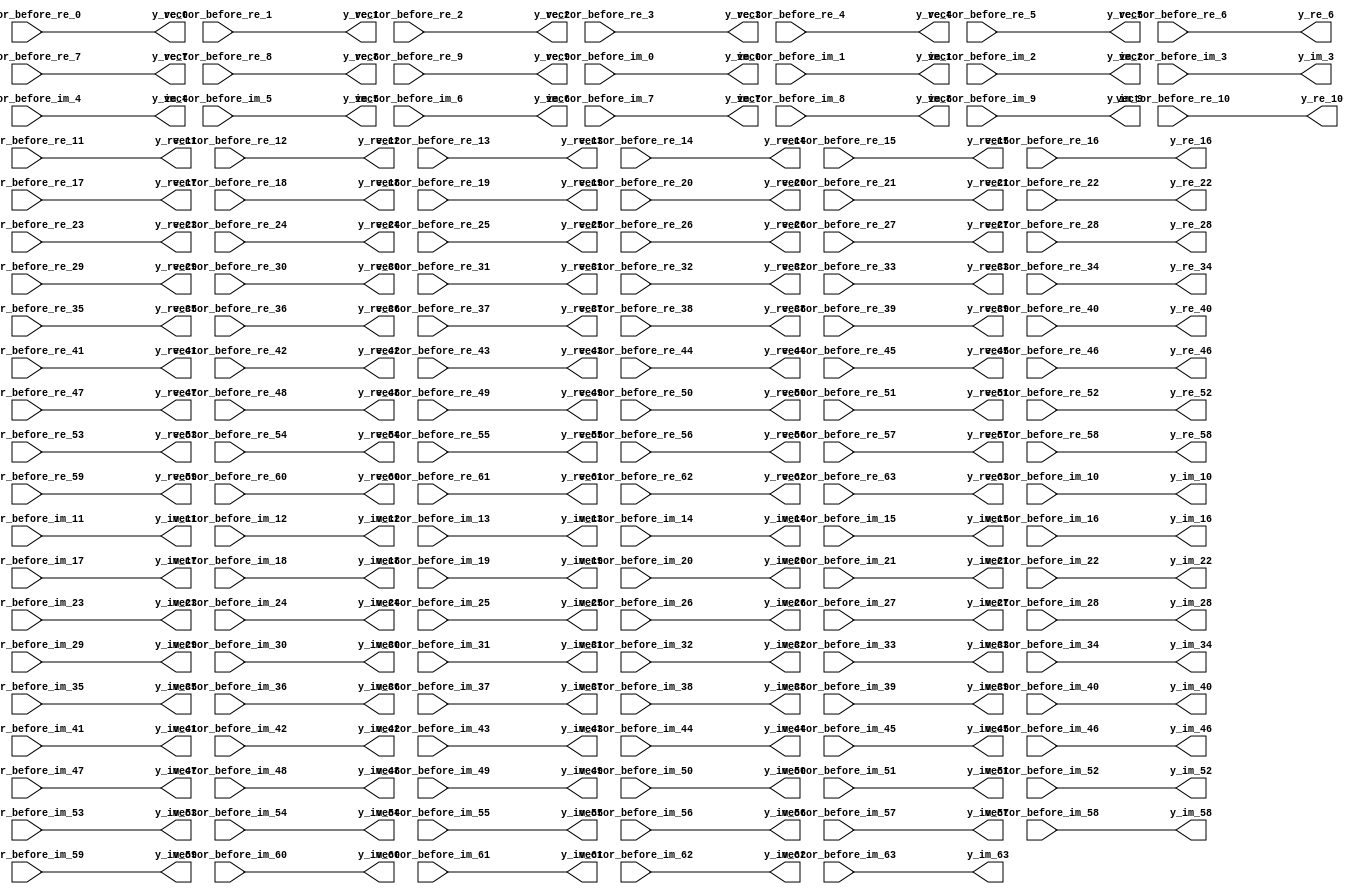
// -------------------------------------------------------------
// 
// 
// Generated by MATLAB 9.14 and HDL Coder 4.1
// 
// -------------------------------------------------------------


// -------------------------------------------------------------
// 
// Module: vector_feedback
// Source Path: Tx_OFDM/Transmitter/QAM Modulator/QAM Buffer/vector feedback
// Hierarchy Level: 3
// 
// -------------------------------------------------------------

`timescale 1 ns / 1 ns

module vector_feedback
          (vector_before_re_0,
           vector_before_re_1,
           vector_before_re_2,
           vector_before_re_3,
           vector_before_re_4,
           vector_before_re_5,
           vector_before_re_6,
           vector_before_re_7,
           vector_before_re_8,
           vector_before_re_9,
           vector_before_re_10,
           vector_before_re_11,
           vector_before_re_12,
           vector_before_re_13,
           vector_before_re_14,
           vector_before_re_15,
           vector_before_re_16,
           vector_before_re_17,
           vector_before_re_18,
           vector_before_re_19,
           vector_before_re_20,
           vector_before_re_21,
           vector_before_re_22,
           vector_before_re_23,
           vector_before_re_24,
           vector_before_re_25,
           vector_before_re_26,
           vector_before_re_27,
           vector_before_re_28,
           vector_before_re_29,
           vector_before_re_30,
           vector_before_re_31,
           vector_before_re_32,
           vector_before_re_33,
           vector_before_re_34,
           vector_before_re_35,
           vector_before_re_36,
           vector_before_re_37,
           vector_before_re_38,
           vector_before_re_39,
           vector_before_re_40,
           vector_before_re_41,
           vector_before_re_42,
           vector_before_re_43,
           vector_before_re_44,
           vector_before_re_45,
           vector_before_re_46,
           vector_before_re_47,
           vector_before_re_48,
           vector_before_re_49,
           vector_before_re_50,
           vector_before_re_51,
           vector_before_re_52,
           vector_before_re_53,
           vector_before_re_54,
           vector_before_re_55,
           vector_before_re_56,
           vector_before_re_57,
           vector_before_re_58,
           vector_before_re_59,
           vector_before_re_60,
           vector_before_re_61,
           vector_before_re_62,
           vector_before_re_63,
           vector_before_im_0,
           vector_before_im_1,
           vector_before_im_2,
           vector_before_im_3,
           vector_before_im_4,
           vector_before_im_5,
           vector_before_im_6,
           vector_before_im_7,
           vector_before_im_8,
           vector_before_im_9,
           vector_before_im_10,
           vector_before_im_11,
           vector_before_im_12,
           vector_before_im_13,
           vector_before_im_14,
           vector_before_im_15,
           vector_before_im_16,
           vector_before_im_17,
           vector_before_im_18,
           vector_before_im_19,
           vector_before_im_20,
           vector_before_im_21,
           vector_before_im_22,
           vector_before_im_23,
           vector_before_im_24,
           vector_before_im_25,
           vector_before_im_26,
           vector_before_im_27,
           vector_before_im_28,
           vector_before_im_29,
           vector_before_im_30,
           vector_before_im_31,
           vector_before_im_32,
           vector_before_im_33,
           vector_before_im_34,
           vector_before_im_35,
           vector_before_im_36,
           vector_before_im_37,
           vector_before_im_38,
           vector_before_im_39,
           vector_before_im_40,
           vector_before_im_41,
           vector_before_im_42,
           vector_before_im_43,
           vector_before_im_44,
           vector_before_im_45,
           vector_before_im_46,
           vector_before_im_47,
           vector_before_im_48,
           vector_before_im_49,
           vector_before_im_50,
           vector_before_im_51,
           vector_before_im_52,
           vector_before_im_53,
           vector_before_im_54,
           vector_before_im_55,
           vector_before_im_56,
           vector_before_im_57,
           vector_before_im_58,
           vector_before_im_59,
           vector_before_im_60,
           vector_before_im_61,
           vector_before_im_62,
           vector_before_im_63,
           y_re_0,
           y_re_1,
           y_re_2,
           y_re_3,
           y_re_4,
           y_re_5,
           y_re_6,
           y_re_7,
           y_re_8,
           y_re_9,
           y_re_10,
           y_re_11,
           y_re_12,
           y_re_13,
           y_re_14,
           y_re_15,
           y_re_16,
           y_re_17,
           y_re_18,
           y_re_19,
           y_re_20,
           y_re_21,
           y_re_22,
           y_re_23,
           y_re_24,
           y_re_25,
           y_re_26,
           y_re_27,
           y_re_28,
           y_re_29,
           y_re_30,
           y_re_31,
           y_re_32,
           y_re_33,
           y_re_34,
           y_re_35,
           y_re_36,
           y_re_37,
           y_re_38,
           y_re_39,
           y_re_40,
           y_re_41,
           y_re_42,
           y_re_43,
           y_re_44,
           y_re_45,
           y_re_46,
           y_re_47,
           y_re_48,
           y_re_49,
           y_re_50,
           y_re_51,
           y_re_52,
           y_re_53,
           y_re_54,
           y_re_55,
           y_re_56,
           y_re_57,
           y_re_58,
           y_re_59,
           y_re_60,
           y_re_61,
           y_re_62,
           y_re_63,
           y_im_0,
           y_im_1,
           y_im_2,
           y_im_3,
           y_im_4,
           y_im_5,
           y_im_6,
           y_im_7,
           y_im_8,
           y_im_9,
           y_im_10,
           y_im_11,
           y_im_12,
           y_im_13,
           y_im_14,
           y_im_15,
           y_im_16,
           y_im_17,
           y_im_18,
           y_im_19,
           y_im_20,
           y_im_21,
           y_im_22,
           y_im_23,
           y_im_24,
           y_im_25,
           y_im_26,
           y_im_27,
           y_im_28,
           y_im_29,
           y_im_30,
           y_im_31,
           y_im_32,
           y_im_33,
           y_im_34,
           y_im_35,
           y_im_36,
           y_im_37,
           y_im_38,
           y_im_39,
           y_im_40,
           y_im_41,
           y_im_42,
           y_im_43,
           y_im_44,
           y_im_45,
           y_im_46,
           y_im_47,
           y_im_48,
           y_im_49,
           y_im_50,
           y_im_51,
           y_im_52,
           y_im_53,
           y_im_54,
           y_im_55,
           y_im_56,
           y_im_57,
           y_im_58,
           y_im_59,
           y_im_60,
           y_im_61,
           y_im_62,
           y_im_63);


  input   signed [15:0] vector_before_re_0;  // sfix16_En14
  input   signed [15:0] vector_before_re_1;  // sfix16_En14
  input   signed [15:0] vector_before_re_2;  // sfix16_En14
  input   signed [15:0] vector_before_re_3;  // sfix16_En14
  input   signed [15:0] vector_before_re_4;  // sfix16_En14
  input   signed [15:0] vector_before_re_5;  // sfix16_En14
  input   signed [15:0] vector_before_re_6;  // sfix16_En14
  input   signed [15:0] vector_before_re_7;  // sfix16_En14
  input   signed [15:0] vector_before_re_8;  // sfix16_En14
  input   signed [15:0] vector_before_re_9;  // sfix16_En14
  input   signed [15:0] vector_before_re_10;  // sfix16_En14
  input   signed [15:0] vector_before_re_11;  // sfix16_En14
  input   signed [15:0] vector_before_re_12;  // sfix16_En14
  input   signed [15:0] vector_before_re_13;  // sfix16_En14
  input   signed [15:0] vector_before_re_14;  // sfix16_En14
  input   signed [15:0] vector_before_re_15;  // sfix16_En14
  input   signed [15:0] vector_before_re_16;  // sfix16_En14
  input   signed [15:0] vector_before_re_17;  // sfix16_En14
  input   signed [15:0] vector_before_re_18;  // sfix16_En14
  input   signed [15:0] vector_before_re_19;  // sfix16_En14
  input   signed [15:0] vector_before_re_20;  // sfix16_En14
  input   signed [15:0] vector_before_re_21;  // sfix16_En14
  input   signed [15:0] vector_before_re_22;  // sfix16_En14
  input   signed [15:0] vector_before_re_23;  // sfix16_En14
  input   signed [15:0] vector_before_re_24;  // sfix16_En14
  input   signed [15:0] vector_before_re_25;  // sfix16_En14
  input   signed [15:0] vector_before_re_26;  // sfix16_En14
  input   signed [15:0] vector_before_re_27;  // sfix16_En14
  input   signed [15:0] vector_before_re_28;  // sfix16_En14
  input   signed [15:0] vector_before_re_29;  // sfix16_En14
  input   signed [15:0] vector_before_re_30;  // sfix16_En14
  input   signed [15:0] vector_before_re_31;  // sfix16_En14
  input   signed [15:0] vector_before_re_32;  // sfix16_En14
  input   signed [15:0] vector_before_re_33;  // sfix16_En14
  input   signed [15:0] vector_before_re_34;  // sfix16_En14
  input   signed [15:0] vector_before_re_35;  // sfix16_En14
  input   signed [15:0] vector_before_re_36;  // sfix16_En14
  input   signed [15:0] vector_before_re_37;  // sfix16_En14
  input   signed [15:0] vector_before_re_38;  // sfix16_En14
  input   signed [15:0] vector_before_re_39;  // sfix16_En14
  input   signed [15:0] vector_before_re_40;  // sfix16_En14
  input   signed [15:0] vector_before_re_41;  // sfix16_En14
  input   signed [15:0] vector_before_re_42;  // sfix16_En14
  input   signed [15:0] vector_before_re_43;  // sfix16_En14
  input   signed [15:0] vector_before_re_44;  // sfix16_En14
  input   signed [15:0] vector_before_re_45;  // sfix16_En14
  input   signed [15:0] vector_before_re_46;  // sfix16_En14
  input   signed [15:0] vector_before_re_47;  // sfix16_En14
  input   signed [15:0] vector_before_re_48;  // sfix16_En14
  input   signed [15:0] vector_before_re_49;  // sfix16_En14
  input   signed [15:0] vector_before_re_50;  // sfix16_En14
  input   signed [15:0] vector_before_re_51;  // sfix16_En14
  input   signed [15:0] vector_before_re_52;  // sfix16_En14
  input   signed [15:0] vector_before_re_53;  // sfix16_En14
  input   signed [15:0] vector_before_re_54;  // sfix16_En14
  input   signed [15:0] vector_before_re_55;  // sfix16_En14
  input   signed [15:0] vector_before_re_56;  // sfix16_En14
  input   signed [15:0] vector_before_re_57;  // sfix16_En14
  input   signed [15:0] vector_before_re_58;  // sfix16_En14
  input   signed [15:0] vector_before_re_59;  // sfix16_En14
  input   signed [15:0] vector_before_re_60;  // sfix16_En14
  input   signed [15:0] vector_before_re_61;  // sfix16_En14
  input   signed [15:0] vector_before_re_62;  // sfix16_En14
  input   signed [15:0] vector_before_re_63;  // sfix16_En14
  input   signed [15:0] vector_before_im_0;  // sfix16_En14
  input   signed [15:0] vector_before_im_1;  // sfix16_En14
  input   signed [15:0] vector_before_im_2;  // sfix16_En14
  input   signed [15:0] vector_before_im_3;  // sfix16_En14
  input   signed [15:0] vector_before_im_4;  // sfix16_En14
  input   signed [15:0] vector_before_im_5;  // sfix16_En14
  input   signed [15:0] vector_before_im_6;  // sfix16_En14
  input   signed [15:0] vector_before_im_7;  // sfix16_En14
  input   signed [15:0] vector_before_im_8;  // sfix16_En14
  input   signed [15:0] vector_before_im_9;  // sfix16_En14
  input   signed [15:0] vector_before_im_10;  // sfix16_En14
  input   signed [15:0] vector_before_im_11;  // sfix16_En14
  input   signed [15:0] vector_before_im_12;  // sfix16_En14
  input   signed [15:0] vector_before_im_13;  // sfix16_En14
  input   signed [15:0] vector_before_im_14;  // sfix16_En14
  input   signed [15:0] vector_before_im_15;  // sfix16_En14
  input   signed [15:0] vector_before_im_16;  // sfix16_En14
  input   signed [15:0] vector_before_im_17;  // sfix16_En14
  input   signed [15:0] vector_before_im_18;  // sfix16_En14
  input   signed [15:0] vector_before_im_19;  // sfix16_En14
  input   signed [15:0] vector_before_im_20;  // sfix16_En14
  input   signed [15:0] vector_before_im_21;  // sfix16_En14
  input   signed [15:0] vector_before_im_22;  // sfix16_En14
  input   signed [15:0] vector_before_im_23;  // sfix16_En14
  input   signed [15:0] vector_before_im_24;  // sfix16_En14
  input   signed [15:0] vector_before_im_25;  // sfix16_En14
  input   signed [15:0] vector_before_im_26;  // sfix16_En14
  input   signed [15:0] vector_before_im_27;  // sfix16_En14
  input   signed [15:0] vector_before_im_28;  // sfix16_En14
  input   signed [15:0] vector_before_im_29;  // sfix16_En14
  input   signed [15:0] vector_before_im_30;  // sfix16_En14
  input   signed [15:0] vector_before_im_31;  // sfix16_En14
  input   signed [15:0] vector_before_im_32;  // sfix16_En14
  input   signed [15:0] vector_before_im_33;  // sfix16_En14
  input   signed [15:0] vector_before_im_34;  // sfix16_En14
  input   signed [15:0] vector_before_im_35;  // sfix16_En14
  input   signed [15:0] vector_before_im_36;  // sfix16_En14
  input   signed [15:0] vector_before_im_37;  // sfix16_En14
  input   signed [15:0] vector_before_im_38;  // sfix16_En14
  input   signed [15:0] vector_before_im_39;  // sfix16_En14
  input   signed [15:0] vector_before_im_40;  // sfix16_En14
  input   signed [15:0] vector_before_im_41;  // sfix16_En14
  input   signed [15:0] vector_before_im_42;  // sfix16_En14
  input   signed [15:0] vector_before_im_43;  // sfix16_En14
  input   signed [15:0] vector_before_im_44;  // sfix16_En14
  input   signed [15:0] vector_before_im_45;  // sfix16_En14
  input   signed [15:0] vector_before_im_46;  // sfix16_En14
  input   signed [15:0] vector_before_im_47;  // sfix16_En14
  input   signed [15:0] vector_before_im_48;  // sfix16_En14
  input   signed [15:0] vector_before_im_49;  // sfix16_En14
  input   signed [15:0] vector_before_im_50;  // sfix16_En14
  input   signed [15:0] vector_before_im_51;  // sfix16_En14
  input   signed [15:0] vector_before_im_52;  // sfix16_En14
  input   signed [15:0] vector_before_im_53;  // sfix16_En14
  input   signed [15:0] vector_before_im_54;  // sfix16_En14
  input   signed [15:0] vector_before_im_55;  // sfix16_En14
  input   signed [15:0] vector_before_im_56;  // sfix16_En14
  input   signed [15:0] vector_before_im_57;  // sfix16_En14
  input   signed [15:0] vector_before_im_58;  // sfix16_En14
  input   signed [15:0] vector_before_im_59;  // sfix16_En14
  input   signed [15:0] vector_before_im_60;  // sfix16_En14
  input   signed [15:0] vector_before_im_61;  // sfix16_En14
  input   signed [15:0] vector_before_im_62;  // sfix16_En14
  input   signed [15:0] vector_before_im_63;  // sfix16_En14
  output  signed [15:0] y_re_0;  // sfix16_En14
  output  signed [15:0] y_re_1;  // sfix16_En14
  output  signed [15:0] y_re_2;  // sfix16_En14
  output  signed [15:0] y_re_3;  // sfix16_En14
  output  signed [15:0] y_re_4;  // sfix16_En14
  output  signed [15:0] y_re_5;  // sfix16_En14
  output  signed [15:0] y_re_6;  // sfix16_En14
  output  signed [15:0] y_re_7;  // sfix16_En14
  output  signed [15:0] y_re_8;  // sfix16_En14
  output  signed [15:0] y_re_9;  // sfix16_En14
  output  signed [15:0] y_re_10;  // sfix16_En14
  output  signed [15:0] y_re_11;  // sfix16_En14
  output  signed [15:0] y_re_12;  // sfix16_En14
  output  signed [15:0] y_re_13;  // sfix16_En14
  output  signed [15:0] y_re_14;  // sfix16_En14
  output  signed [15:0] y_re_15;  // sfix16_En14
  output  signed [15:0] y_re_16;  // sfix16_En14
  output  signed [15:0] y_re_17;  // sfix16_En14
  output  signed [15:0] y_re_18;  // sfix16_En14
  output  signed [15:0] y_re_19;  // sfix16_En14
  output  signed [15:0] y_re_20;  // sfix16_En14
  output  signed [15:0] y_re_21;  // sfix16_En14
  output  signed [15:0] y_re_22;  // sfix16_En14
  output  signed [15:0] y_re_23;  // sfix16_En14
  output  signed [15:0] y_re_24;  // sfix16_En14
  output  signed [15:0] y_re_25;  // sfix16_En14
  output  signed [15:0] y_re_26;  // sfix16_En14
  output  signed [15:0] y_re_27;  // sfix16_En14
  output  signed [15:0] y_re_28;  // sfix16_En14
  output  signed [15:0] y_re_29;  // sfix16_En14
  output  signed [15:0] y_re_30;  // sfix16_En14
  output  signed [15:0] y_re_31;  // sfix16_En14
  output  signed [15:0] y_re_32;  // sfix16_En14
  output  signed [15:0] y_re_33;  // sfix16_En14
  output  signed [15:0] y_re_34;  // sfix16_En14
  output  signed [15:0] y_re_35;  // sfix16_En14
  output  signed [15:0] y_re_36;  // sfix16_En14
  output  signed [15:0] y_re_37;  // sfix16_En14
  output  signed [15:0] y_re_38;  // sfix16_En14
  output  signed [15:0] y_re_39;  // sfix16_En14
  output  signed [15:0] y_re_40;  // sfix16_En14
  output  signed [15:0] y_re_41;  // sfix16_En14
  output  signed [15:0] y_re_42;  // sfix16_En14
  output  signed [15:0] y_re_43;  // sfix16_En14
  output  signed [15:0] y_re_44;  // sfix16_En14
  output  signed [15:0] y_re_45;  // sfix16_En14
  output  signed [15:0] y_re_46;  // sfix16_En14
  output  signed [15:0] y_re_47;  // sfix16_En14
  output  signed [15:0] y_re_48;  // sfix16_En14
  output  signed [15:0] y_re_49;  // sfix16_En14
  output  signed [15:0] y_re_50;  // sfix16_En14
  output  signed [15:0] y_re_51;  // sfix16_En14
  output  signed [15:0] y_re_52;  // sfix16_En14
  output  signed [15:0] y_re_53;  // sfix16_En14
  output  signed [15:0] y_re_54;  // sfix16_En14
  output  signed [15:0] y_re_55;  // sfix16_En14
  output  signed [15:0] y_re_56;  // sfix16_En14
  output  signed [15:0] y_re_57;  // sfix16_En14
  output  signed [15:0] y_re_58;  // sfix16_En14
  output  signed [15:0] y_re_59;  // sfix16_En14
  output  signed [15:0] y_re_60;  // sfix16_En14
  output  signed [15:0] y_re_61;  // sfix16_En14
  output  signed [15:0] y_re_62;  // sfix16_En14
  output  signed [15:0] y_re_63;  // sfix16_En14
  output  signed [15:0] y_im_0;  // sfix16_En14
  output  signed [15:0] y_im_1;  // sfix16_En14
  output  signed [15:0] y_im_2;  // sfix16_En14
  output  signed [15:0] y_im_3;  // sfix16_En14
  output  signed [15:0] y_im_4;  // sfix16_En14
  output  signed [15:0] y_im_5;  // sfix16_En14
  output  signed [15:0] y_im_6;  // sfix16_En14
  output  signed [15:0] y_im_7;  // sfix16_En14
  output  signed [15:0] y_im_8;  // sfix16_En14
  output  signed [15:0] y_im_9;  // sfix16_En14
  output  signed [15:0] y_im_10;  // sfix16_En14
  output  signed [15:0] y_im_11;  // sfix16_En14
  output  signed [15:0] y_im_12;  // sfix16_En14
  output  signed [15:0] y_im_13;  // sfix16_En14
  output  signed [15:0] y_im_14;  // sfix16_En14
  output  signed [15:0] y_im_15;  // sfix16_En14
  output  signed [15:0] y_im_16;  // sfix16_En14
  output  signed [15:0] y_im_17;  // sfix16_En14
  output  signed [15:0] y_im_18;  // sfix16_En14
  output  signed [15:0] y_im_19;  // sfix16_En14
  output  signed [15:0] y_im_20;  // sfix16_En14
  output  signed [15:0] y_im_21;  // sfix16_En14
  output  signed [15:0] y_im_22;  // sfix16_En14
  output  signed [15:0] y_im_23;  // sfix16_En14
  output  signed [15:0] y_im_24;  // sfix16_En14
  output  signed [15:0] y_im_25;  // sfix16_En14
  output  signed [15:0] y_im_26;  // sfix16_En14
  output  signed [15:0] y_im_27;  // sfix16_En14
  output  signed [15:0] y_im_28;  // sfix16_En14
  output  signed [15:0] y_im_29;  // sfix16_En14
  output  signed [15:0] y_im_30;  // sfix16_En14
  output  signed [15:0] y_im_31;  // sfix16_En14
  output  signed [15:0] y_im_32;  // sfix16_En14
  output  signed [15:0] y_im_33;  // sfix16_En14
  output  signed [15:0] y_im_34;  // sfix16_En14
  output  signed [15:0] y_im_35;  // sfix16_En14
  output  signed [15:0] y_im_36;  // sfix16_En14
  output  signed [15:0] y_im_37;  // sfix16_En14
  output  signed [15:0] y_im_38;  // sfix16_En14
  output  signed [15:0] y_im_39;  // sfix16_En14
  output  signed [15:0] y_im_40;  // sfix16_En14
  output  signed [15:0] y_im_41;  // sfix16_En14
  output  signed [15:0] y_im_42;  // sfix16_En14
  output  signed [15:0] y_im_43;  // sfix16_En14
  output  signed [15:0] y_im_44;  // sfix16_En14
  output  signed [15:0] y_im_45;  // sfix16_En14
  output  signed [15:0] y_im_46;  // sfix16_En14
  output  signed [15:0] y_im_47;  // sfix16_En14
  output  signed [15:0] y_im_48;  // sfix16_En14
  output  signed [15:0] y_im_49;  // sfix16_En14
  output  signed [15:0] y_im_50;  // sfix16_En14
  output  signed [15:0] y_im_51;  // sfix16_En14
  output  signed [15:0] y_im_52;  // sfix16_En14
  output  signed [15:0] y_im_53;  // sfix16_En14
  output  signed [15:0] y_im_54;  // sfix16_En14
  output  signed [15:0] y_im_55;  // sfix16_En14
  output  signed [15:0] y_im_56;  // sfix16_En14
  output  signed [15:0] y_im_57;  // sfix16_En14
  output  signed [15:0] y_im_58;  // sfix16_En14
  output  signed [15:0] y_im_59;  // sfix16_En14
  output  signed [15:0] y_im_60;  // sfix16_En14
  output  signed [15:0] y_im_61;  // sfix16_En14
  output  signed [15:0] y_im_62;  // sfix16_En14
  output  signed [15:0] y_im_63;  // sfix16_En14


  wire signed [15:0] vector_before_re [0:63];  // sfix16_En14 [64]
  wire signed [15:0] vector_before_im [0:63];  // sfix16_En14 [64]
  wire signed [15:0] y_re [0:63];  // sfix16_En14 [64]
  wire signed [15:0] y_im [0:63];  // sfix16_En14 [64]


  assign vector_before_re[0] = vector_before_re_0;
  assign vector_before_re[1] = vector_before_re_1;
  assign vector_before_re[2] = vector_before_re_2;
  assign vector_before_re[3] = vector_before_re_3;
  assign vector_before_re[4] = vector_before_re_4;
  assign vector_before_re[5] = vector_before_re_5;
  assign vector_before_re[6] = vector_before_re_6;
  assign vector_before_re[7] = vector_before_re_7;
  assign vector_before_re[8] = vector_before_re_8;
  assign vector_before_re[9] = vector_before_re_9;
  assign vector_before_re[10] = vector_before_re_10;
  assign vector_before_re[11] = vector_before_re_11;
  assign vector_before_re[12] = vector_before_re_12;
  assign vector_before_re[13] = vector_before_re_13;
  assign vector_before_re[14] = vector_before_re_14;
  assign vector_before_re[15] = vector_before_re_15;
  assign vector_before_re[16] = vector_before_re_16;
  assign vector_before_re[17] = vector_before_re_17;
  assign vector_before_re[18] = vector_before_re_18;
  assign vector_before_re[19] = vector_before_re_19;
  assign vector_before_re[20] = vector_before_re_20;
  assign vector_before_re[21] = vector_before_re_21;
  assign vector_before_re[22] = vector_before_re_22;
  assign vector_before_re[23] = vector_before_re_23;
  assign vector_before_re[24] = vector_before_re_24;
  assign vector_before_re[25] = vector_before_re_25;
  assign vector_before_re[26] = vector_before_re_26;
  assign vector_before_re[27] = vector_before_re_27;
  assign vector_before_re[28] = vector_before_re_28;
  assign vector_before_re[29] = vector_before_re_29;
  assign vector_before_re[30] = vector_before_re_30;
  assign vector_before_re[31] = vector_before_re_31;
  assign vector_before_re[32] = vector_before_re_32;
  assign vector_before_re[33] = vector_before_re_33;
  assign vector_before_re[34] = vector_before_re_34;
  assign vector_before_re[35] = vector_before_re_35;
  assign vector_before_re[36] = vector_before_re_36;
  assign vector_before_re[37] = vector_before_re_37;
  assign vector_before_re[38] = vector_before_re_38;
  assign vector_before_re[39] = vector_before_re_39;
  assign vector_before_re[40] = vector_before_re_40;
  assign vector_before_re[41] = vector_before_re_41;
  assign vector_before_re[42] = vector_before_re_42;
  assign vector_before_re[43] = vector_before_re_43;
  assign vector_before_re[44] = vector_before_re_44;
  assign vector_before_re[45] = vector_before_re_45;
  assign vector_before_re[46] = vector_before_re_46;
  assign vector_before_re[47] = vector_before_re_47;
  assign vector_before_re[48] = vector_before_re_48;
  assign vector_before_re[49] = vector_before_re_49;
  assign vector_before_re[50] = vector_before_re_50;
  assign vector_before_re[51] = vector_before_re_51;
  assign vector_before_re[52] = vector_before_re_52;
  assign vector_before_re[53] = vector_before_re_53;
  assign vector_before_re[54] = vector_before_re_54;
  assign vector_before_re[55] = vector_before_re_55;
  assign vector_before_re[56] = vector_before_re_56;
  assign vector_before_re[57] = vector_before_re_57;
  assign vector_before_re[58] = vector_before_re_58;
  assign vector_before_re[59] = vector_before_re_59;
  assign vector_before_re[60] = vector_before_re_60;
  assign vector_before_re[61] = vector_before_re_61;
  assign vector_before_re[62] = vector_before_re_62;
  assign vector_before_re[63] = vector_before_re_63;

  assign vector_before_im[0] = vector_before_im_0;
  assign vector_before_im[1] = vector_before_im_1;
  assign vector_before_im[2] = vector_before_im_2;
  assign vector_before_im[3] = vector_before_im_3;
  assign vector_before_im[4] = vector_before_im_4;
  assign vector_before_im[5] = vector_before_im_5;
  assign vector_before_im[6] = vector_before_im_6;
  assign vector_before_im[7] = vector_before_im_7;
  assign vector_before_im[8] = vector_before_im_8;
  assign vector_before_im[9] = vector_before_im_9;
  assign vector_before_im[10] = vector_before_im_10;
  assign vector_before_im[11] = vector_before_im_11;
  assign vector_before_im[12] = vector_before_im_12;
  assign vector_before_im[13] = vector_before_im_13;
  assign vector_before_im[14] = vector_before_im_14;
  assign vector_before_im[15] = vector_before_im_15;
  assign vector_before_im[16] = vector_before_im_16;
  assign vector_before_im[17] = vector_before_im_17;
  assign vector_before_im[18] = vector_before_im_18;
  assign vector_before_im[19] = vector_before_im_19;
  assign vector_before_im[20] = vector_before_im_20;
  assign vector_before_im[21] = vector_before_im_21;
  assign vector_before_im[22] = vector_before_im_22;
  assign vector_before_im[23] = vector_before_im_23;
  assign vector_before_im[24] = vector_before_im_24;
  assign vector_before_im[25] = vector_before_im_25;
  assign vector_before_im[26] = vector_before_im_26;
  assign vector_before_im[27] = vector_before_im_27;
  assign vector_before_im[28] = vector_before_im_28;
  assign vector_before_im[29] = vector_before_im_29;
  assign vector_before_im[30] = vector_before_im_30;
  assign vector_before_im[31] = vector_before_im_31;
  assign vector_before_im[32] = vector_before_im_32;
  assign vector_before_im[33] = vector_before_im_33;
  assign vector_before_im[34] = vector_before_im_34;
  assign vector_before_im[35] = vector_before_im_35;
  assign vector_before_im[36] = vector_before_im_36;
  assign vector_before_im[37] = vector_before_im_37;
  assign vector_before_im[38] = vector_before_im_38;
  assign vector_before_im[39] = vector_before_im_39;
  assign vector_before_im[40] = vector_before_im_40;
  assign vector_before_im[41] = vector_before_im_41;
  assign vector_before_im[42] = vector_before_im_42;
  assign vector_before_im[43] = vector_before_im_43;
  assign vector_before_im[44] = vector_before_im_44;
  assign vector_before_im[45] = vector_before_im_45;
  assign vector_before_im[46] = vector_before_im_46;
  assign vector_before_im[47] = vector_before_im_47;
  assign vector_before_im[48] = vector_before_im_48;
  assign vector_before_im[49] = vector_before_im_49;
  assign vector_before_im[50] = vector_before_im_50;
  assign vector_before_im[51] = vector_before_im_51;
  assign vector_before_im[52] = vector_before_im_52;
  assign vector_before_im[53] = vector_before_im_53;
  assign vector_before_im[54] = vector_before_im_54;
  assign vector_before_im[55] = vector_before_im_55;
  assign vector_before_im[56] = vector_before_im_56;
  assign vector_before_im[57] = vector_before_im_57;
  assign vector_before_im[58] = vector_before_im_58;
  assign vector_before_im[59] = vector_before_im_59;
  assign vector_before_im[60] = vector_before_im_60;
  assign vector_before_im[61] = vector_before_im_61;
  assign vector_before_im[62] = vector_before_im_62;
  assign vector_before_im[63] = vector_before_im_63;


  genvar t_0;
  generate
    for(t_0 = 32'sd0; t_0 <= 32'sd63; t_0 = t_0 + 32'sd1) begin:y_im_gen
      assign y_re[t_0] = vector_before_re[t_0];
      assign y_im[t_0] = vector_before_im[t_0];
    end
  endgenerate




  assign y_re_0 = y_re[0];

  assign y_re_1 = y_re[1];

  assign y_re_2 = y_re[2];

  assign y_re_3 = y_re[3];

  assign y_re_4 = y_re[4];

  assign y_re_5 = y_re[5];

  assign y_re_6 = y_re[6];

  assign y_re_7 = y_re[7];

  assign y_re_8 = y_re[8];

  assign y_re_9 = y_re[9];

  assign y_re_10 = y_re[10];

  assign y_re_11 = y_re[11];

  assign y_re_12 = y_re[12];

  assign y_re_13 = y_re[13];

  assign y_re_14 = y_re[14];

  assign y_re_15 = y_re[15];

  assign y_re_16 = y_re[16];

  assign y_re_17 = y_re[17];

  assign y_re_18 = y_re[18];

  assign y_re_19 = y_re[19];

  assign y_re_20 = y_re[20];

  assign y_re_21 = y_re[21];

  assign y_re_22 = y_re[22];

  assign y_re_23 = y_re[23];

  assign y_re_24 = y_re[24];

  assign y_re_25 = y_re[25];

  assign y_re_26 = y_re[26];

  assign y_re_27 = y_re[27];

  assign y_re_28 = y_re[28];

  assign y_re_29 = y_re[29];

  assign y_re_30 = y_re[30];

  assign y_re_31 = y_re[31];

  assign y_re_32 = y_re[32];

  assign y_re_33 = y_re[33];

  assign y_re_34 = y_re[34];

  assign y_re_35 = y_re[35];

  assign y_re_36 = y_re[36];

  assign y_re_37 = y_re[37];

  assign y_re_38 = y_re[38];

  assign y_re_39 = y_re[39];

  assign y_re_40 = y_re[40];

  assign y_re_41 = y_re[41];

  assign y_re_42 = y_re[42];

  assign y_re_43 = y_re[43];

  assign y_re_44 = y_re[44];

  assign y_re_45 = y_re[45];

  assign y_re_46 = y_re[46];

  assign y_re_47 = y_re[47];

  assign y_re_48 = y_re[48];

  assign y_re_49 = y_re[49];

  assign y_re_50 = y_re[50];

  assign y_re_51 = y_re[51];

  assign y_re_52 = y_re[52];

  assign y_re_53 = y_re[53];

  assign y_re_54 = y_re[54];

  assign y_re_55 = y_re[55];

  assign y_re_56 = y_re[56];

  assign y_re_57 = y_re[57];

  assign y_re_58 = y_re[58];

  assign y_re_59 = y_re[59];

  assign y_re_60 = y_re[60];

  assign y_re_61 = y_re[61];

  assign y_re_62 = y_re[62];

  assign y_re_63 = y_re[63];

  assign y_im_0 = y_im[0];

  assign y_im_1 = y_im[1];

  assign y_im_2 = y_im[2];

  assign y_im_3 = y_im[3];

  assign y_im_4 = y_im[4];

  assign y_im_5 = y_im[5];

  assign y_im_6 = y_im[6];

  assign y_im_7 = y_im[7];

  assign y_im_8 = y_im[8];

  assign y_im_9 = y_im[9];

  assign y_im_10 = y_im[10];

  assign y_im_11 = y_im[11];

  assign y_im_12 = y_im[12];

  assign y_im_13 = y_im[13];

  assign y_im_14 = y_im[14];

  assign y_im_15 = y_im[15];

  assign y_im_16 = y_im[16];

  assign y_im_17 = y_im[17];

  assign y_im_18 = y_im[18];

  assign y_im_19 = y_im[19];

  assign y_im_20 = y_im[20];

  assign y_im_21 = y_im[21];

  assign y_im_22 = y_im[22];

  assign y_im_23 = y_im[23];

  assign y_im_24 = y_im[24];

  assign y_im_25 = y_im[25];

  assign y_im_26 = y_im[26];

  assign y_im_27 = y_im[27];

  assign y_im_28 = y_im[28];

  assign y_im_29 = y_im[29];

  assign y_im_30 = y_im[30];

  assign y_im_31 = y_im[31];

  assign y_im_32 = y_im[32];

  assign y_im_33 = y_im[33];

  assign y_im_34 = y_im[34];

  assign y_im_35 = y_im[35];

  assign y_im_36 = y_im[36];

  assign y_im_37 = y_im[37];

  assign y_im_38 = y_im[38];

  assign y_im_39 = y_im[39];

  assign y_im_40 = y_im[40];

  assign y_im_41 = y_im[41];

  assign y_im_42 = y_im[42];

  assign y_im_43 = y_im[43];

  assign y_im_44 = y_im[44];

  assign y_im_45 = y_im[45];

  assign y_im_46 = y_im[46];

  assign y_im_47 = y_im[47];

  assign y_im_48 = y_im[48];

  assign y_im_49 = y_im[49];

  assign y_im_50 = y_im[50];

  assign y_im_51 = y_im[51];

  assign y_im_52 = y_im[52];

  assign y_im_53 = y_im[53];

  assign y_im_54 = y_im[54];

  assign y_im_55 = y_im[55];

  assign y_im_56 = y_im[56];

  assign y_im_57 = y_im[57];

  assign y_im_58 = y_im[58];

  assign y_im_59 = y_im[59];

  assign y_im_60 = y_im[60];

  assign y_im_61 = y_im[61];

  assign y_im_62 = y_im[62];

  assign y_im_63 = y_im[63];

endmodule  // vector_feedback